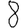
Digit: 8